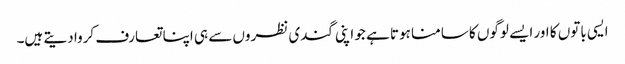
ایسی باتوں کا اور ایسے لوگوں کا سامنا ہوتا ہے جو اپنی گندی نظروں سے ہی اپنا تعارف کروا دیتے ہیں۔